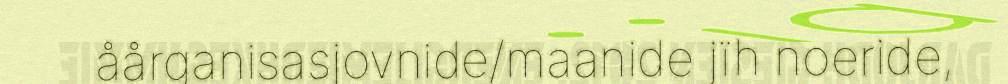
åårganisasjovnide/maanide jïh noeride,